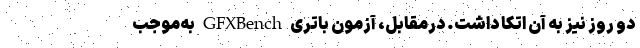
دو روز نیز به آن اتکا داشت. درمقابل، آزمون باتری GFXBench به‌موجب